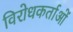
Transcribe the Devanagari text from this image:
विरोधकर्ताओं